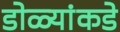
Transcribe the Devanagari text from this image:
डोळ्यांकडे